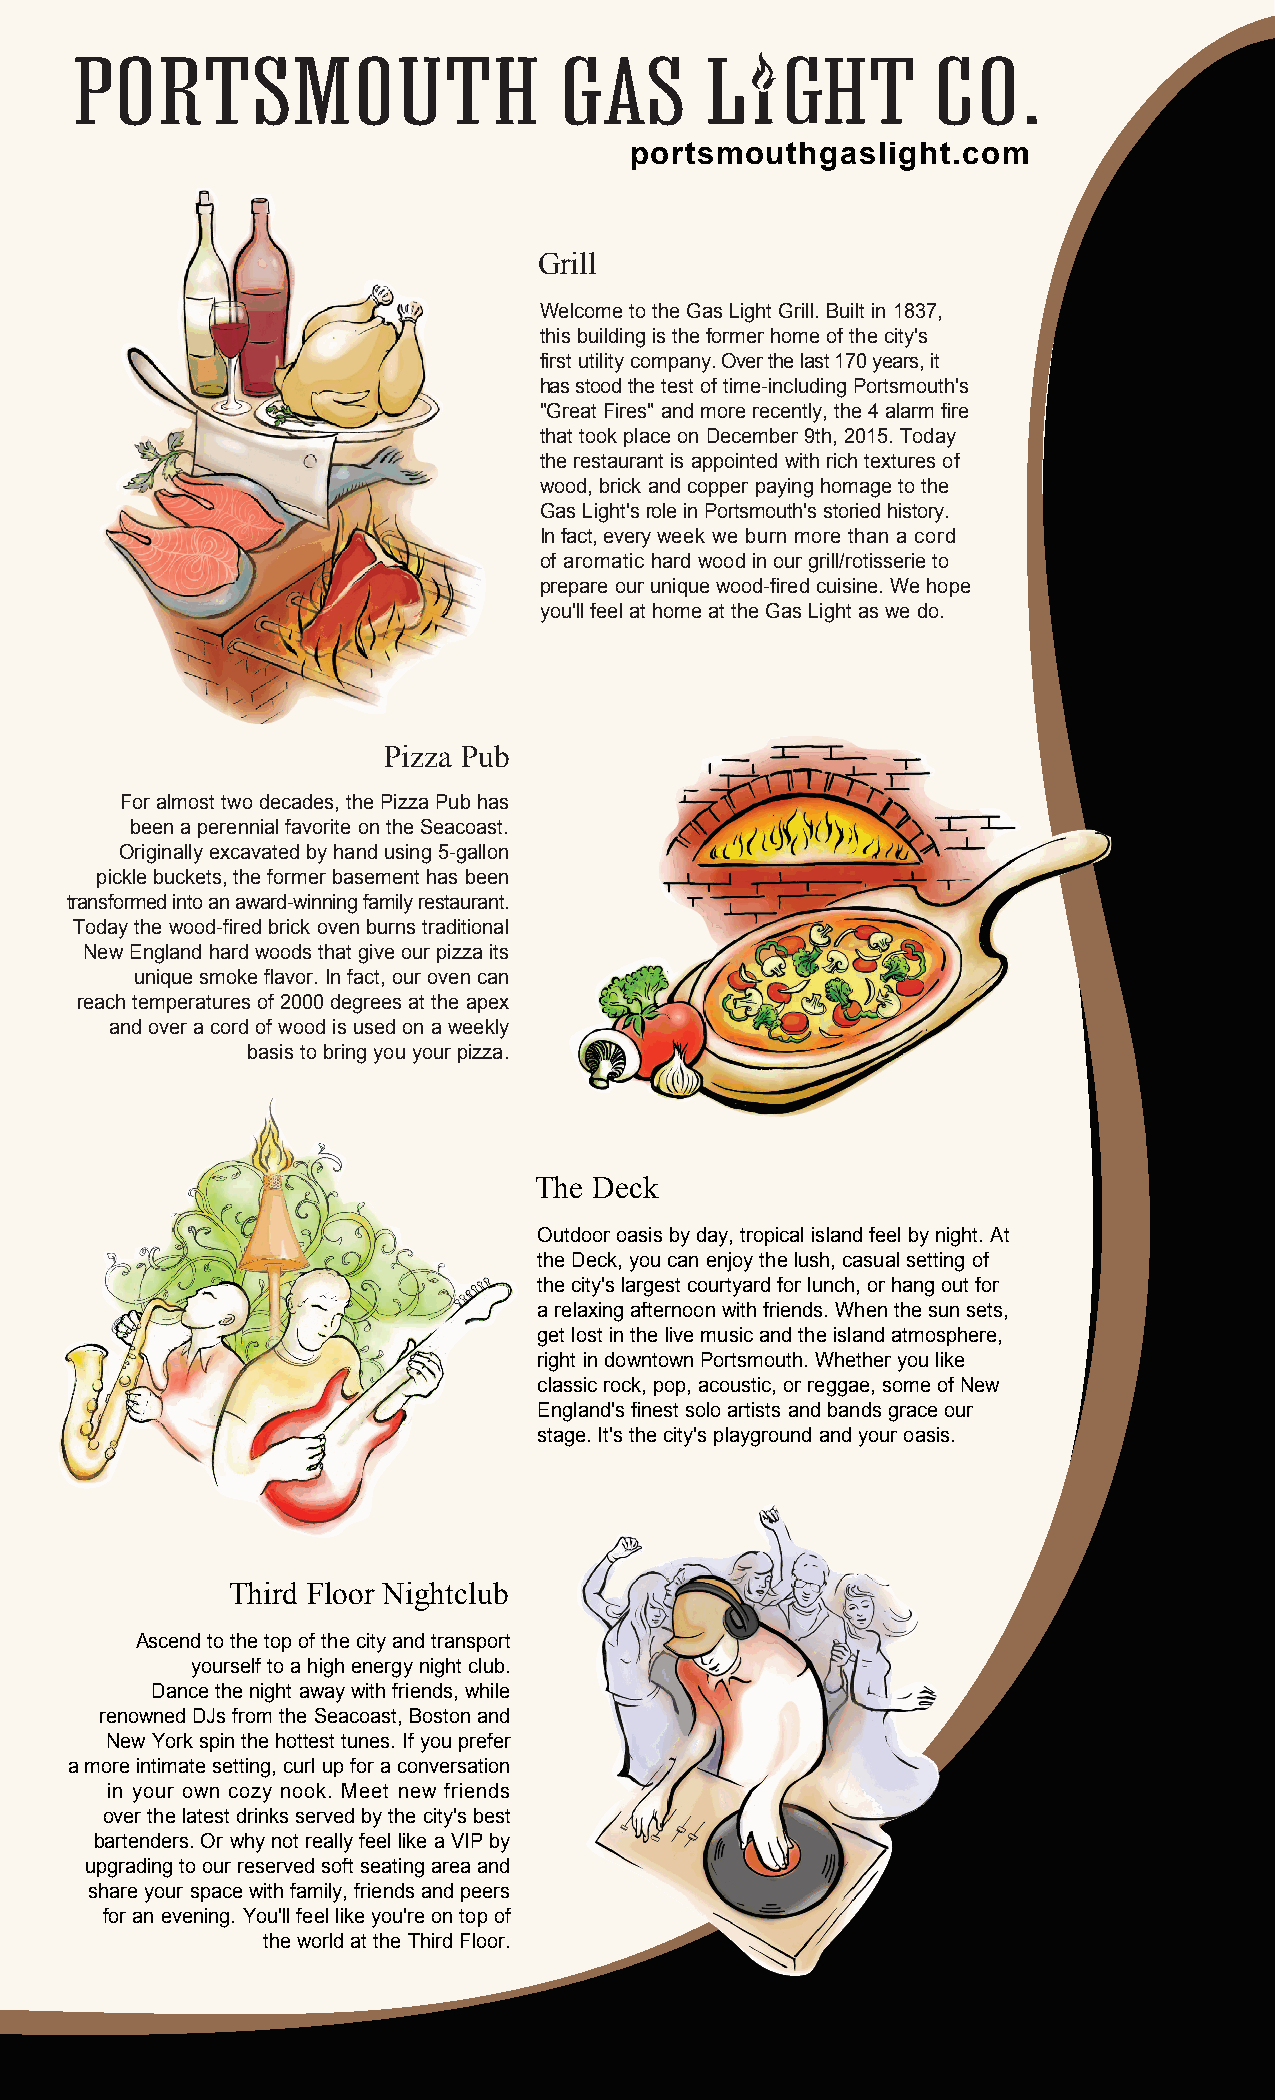
portsmouthgaslight.com
 Grill
 Welcome to the Gas Light Grill. Built in 1837,
 this building is the former home of the city's
 first utility company. Over the last 170 years, it
 has stood the test of time-including Portsmouth's
 "Great Fires" and more recently, the 4 alarm fire
 that took place on December 9th, 2015. Today
 the restaurant is appointed with rich textures of
 wood, brick and copper paying homage to the
 Gas Light's role in Portsmouth's storied history.
 In fact, every week we burn more than a cord
 of aromatic hard wood in our grill/rotisserie to
 prepare our unique wood-fired cuisine. We hope
 you'll feel at home at the Gas Light as we do.
 Pizza Pub
 For almost two decades, the Pizza Pub has
 been a perennial favorite on the Seacoast.
 Originally excavated by hand using 5-gallon
 pickle buckets, the former basement has been
 transformed into an award-winning family restaurant.
 Today the wood-fired brick oven burns traditional
 New England hard woods that give our pizza its
 unique smoke flavor. In fact, our oven can
 reach temperatures of 2000 degrees at the apex
 and over a cord of wood is used on a weekly
 basis to bring you your pizza.
 The Deck
 Outdoor oasis by day, tropical island feel by night. At
 the Deck, you can enjoy the lush, casual setting of
 the city's largest courtyard for lunch, or hang out for
 a relaxing afternoon with friends. When the sun sets,
 get lost in the live music and the island atmosphere,
 right in downtown Portsmouth. Whether you like
 classic rock, pop, acoustic, or reggae, some of New
 England's finest solo artists and bands grace our
 stage. It's the city's playground and your oasis.
 Third Floor Nightclub
 Ascend to the top of the city and transport
 yourself to a high energy night club.
 Dance the night away with friends, while
 renowned DJs from the Seacoast, Boston and
 New York spin the hottest tunes. If you prefer
 a more intimate setting, curl up for a conversation
 in your own cozy nook. Meet new friends
 over the latest drinks served by the city's best
 bartenders. Or why not really feel like a VIP by
 upgrading to our reserved soft seating area and
 share your space with family, friends and peers
 for an evening. You'll feel like you're on top of
 the world at the Third Floor.